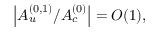
\left| { \cal A } _ { u } ^ { ( 0 , 1 ) } / { \cal A } _ { c } ^ { ( 0 ) } \right| = { \cal O } ( 1 ) ,